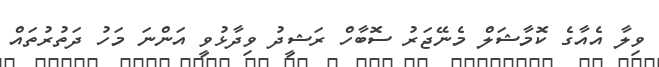
ވިލާ އެއާގެ ކޮމާޝަލް މެނޭޖަރު ސޮބާހް ރަޝީދު ވިދާޅުވީ އަންނަ މަހު ދަތުރުތައް